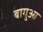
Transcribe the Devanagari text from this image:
बागुआ